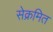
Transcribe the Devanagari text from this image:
सेक्रमित